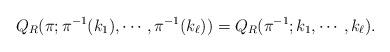
LaTeX: \begin{align*} Q_R(\pi;\pi^{-1}(k_1),\cdots,\pi^{-1}(k_\ell)) = Q_R(\pi^{-1};k_1,\cdots,k_\ell).\end{align*}